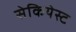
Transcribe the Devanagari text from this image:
सेकियेस्ट